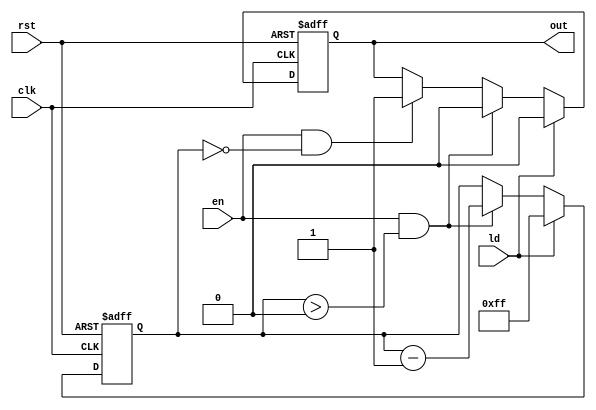
module CountdownTimer (
  input wire clk,
  input wire rst,
  input wire en,
  input wire ld,
  output reg out
);

reg [7:0] count;

always @(posedge clk or posedge rst) begin
  if (rst) begin
    count <= 8'b00000000;
    out <= 1'b0;
  end
  else if (ld) begin
    count <= 8'b11111111;
    out <= 1'b0;
  end
  else if (en && count > 0) begin
    count <= count - 1;
    out <= 1'b0;
  end
  else if (en && count == 0) begin
    out <= 1'b1;
  end
end

endmodule